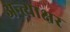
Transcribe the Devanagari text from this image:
अन्त्याक्षर